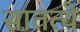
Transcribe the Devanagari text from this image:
सातत्ये